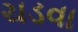
ચડવા